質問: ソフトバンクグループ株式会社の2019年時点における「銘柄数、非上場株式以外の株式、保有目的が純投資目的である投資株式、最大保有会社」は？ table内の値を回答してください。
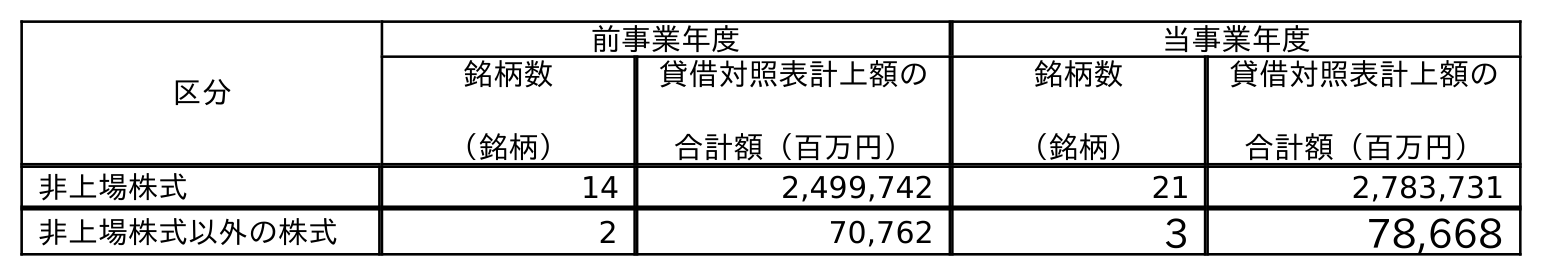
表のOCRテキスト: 区分 前事業年度 当事業年度 銘柄数 （銘柄） 貸借対照表計上額の 合計額（百万円） 銘柄数 （銘柄） 貸借対照表計上額の 合計額（百万円） 非上場株式 14 2,499,742 21 2,783,731 非上場株式以外の株式 2 70,762 3 78,668
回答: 2